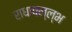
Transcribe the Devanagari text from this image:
राधावल्ल्भ